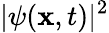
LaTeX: |\psi(\mathbf{x},t)|^{2}